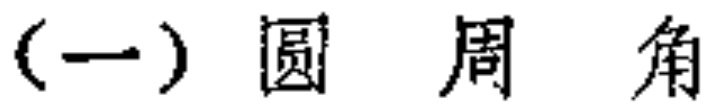
(一) 圆 周 角